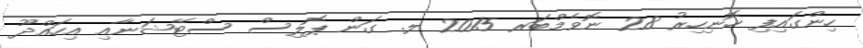
ހިންގައިފި ހޮނިހިރު 28 ނޮވެމްބަރ 2015 ލ. ގަން ޕޮލިސް ސްޓޭޝަނާއި އިހައްދޫ